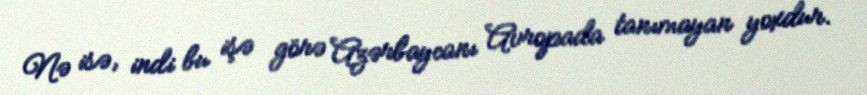
Nə isə, indi bu işə görə Azərbaycanı Avropada tanımayan yoxdur.